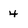
Character: 4